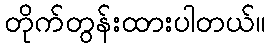
တိုက်တွန်းထားပါတယ်။